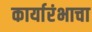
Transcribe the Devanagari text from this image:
कार्यारंभाचा